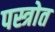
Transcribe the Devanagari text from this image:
पस्त्रोत